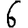
Digit: 6